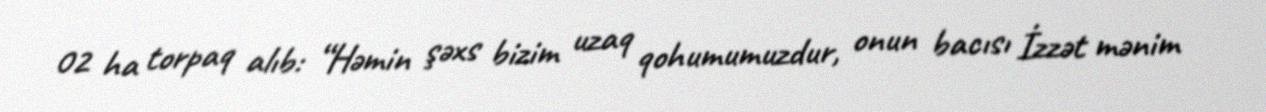
02 ha torpaq alıb: “Həmin şəxs bizim uzaq qohumumuzdur, onun bacısı İzzət mənim